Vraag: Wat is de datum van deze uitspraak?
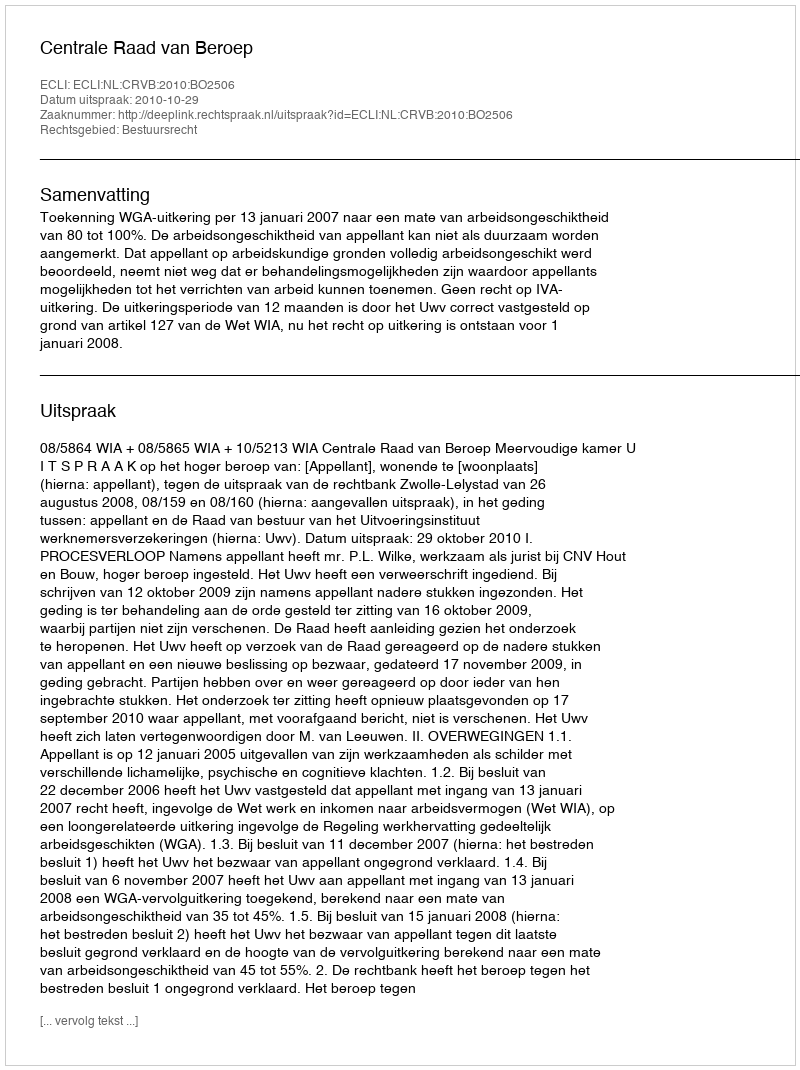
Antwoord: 2010-10-29